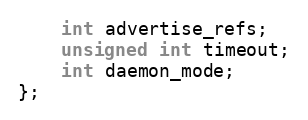
Language: C
	int advertise_refs;
	unsigned int timeout;
	int daemon_mode;
};